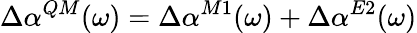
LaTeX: \Delta\alpha^{QM}(\omega)=\Delta\alpha^{M1}(\omega)+\Delta\alpha^{E2}(\omega)